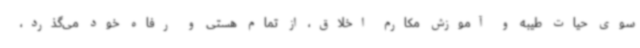
سوی حیات طیبه و آموزش مکارم اخلاق، از تمام هستی و رفاه خود می‌گذرد،